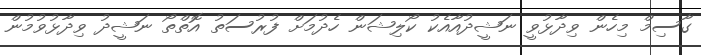
ގާސިމް މިހެން ވިދާޅުވީ ނަޝީދުއާއެކު ކޯލިޝަން ހެދުމަށް ފުރުސަތު އޮތްތޯ ނަޝީދު ވިދާޅުވުމުން